Vaccine operations Central Provinces 1886-1899 - 1886-1899
Year: 1886
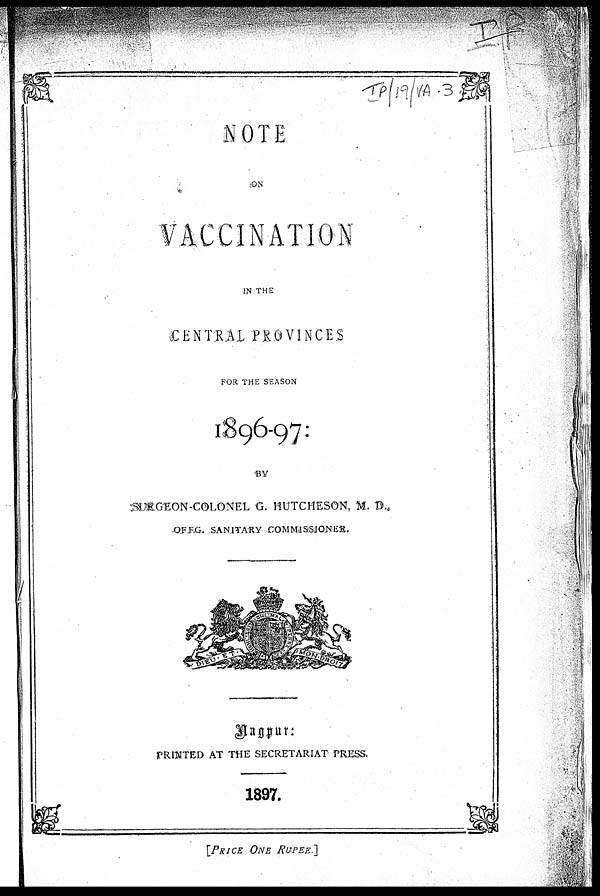
NOTE
ON
VACCINATION
IN THE
CENTRAL PROVINCES
FOR THE SEASON
1896-97:
BY
SURGEON COLONEL G. HUTCHESON, M. D.,
OFFG SANITARY COMMISSIONER.
PRINTED AT THE SECRETARIAT PRESS,
1897.
[PRICE ONE RUPEE.]